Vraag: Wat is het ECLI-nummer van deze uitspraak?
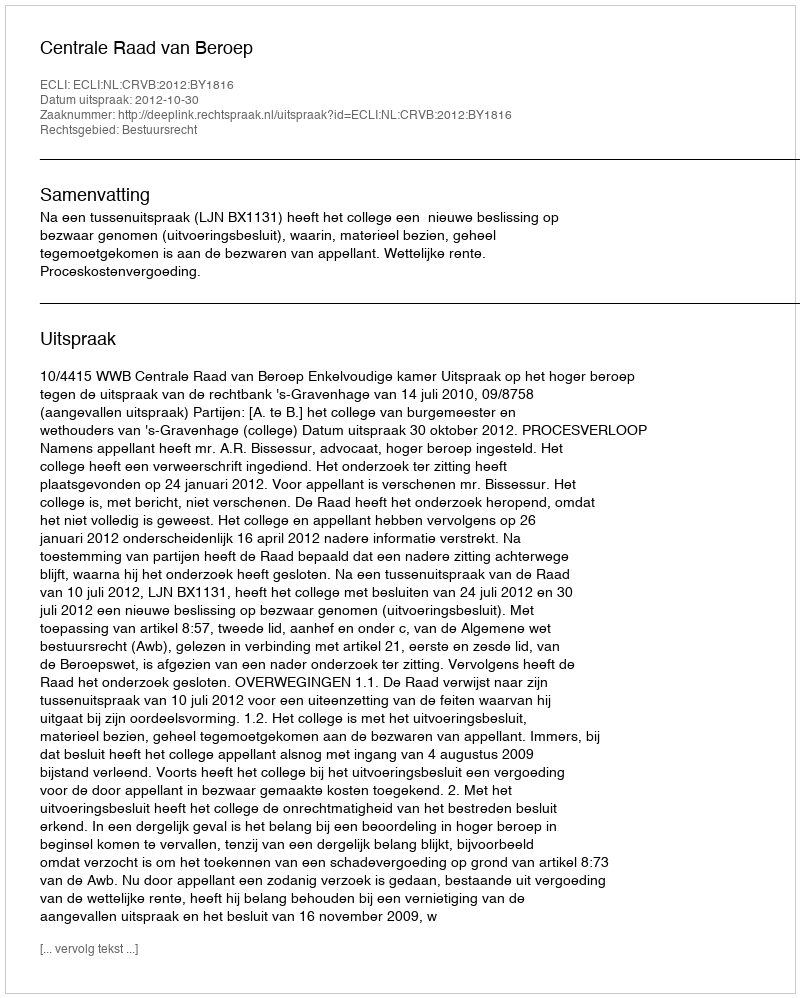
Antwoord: ECLI:NL:CRVB:2012:BY1816